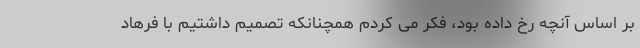
بر اساس آنچه رخ داده بود، فکر می کردم همچنانکه تصمیم داشتیم با فرهاد